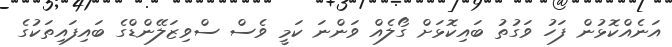
އަނެއްކޮޅުން ފަހު ވަގުތު ބައިކޮޅަށް ގޯލެއް ވަންނަ ކަމީ ވެސް ސްވިޒަލޭންޑްގެ ބައިފައިތަކުގެ